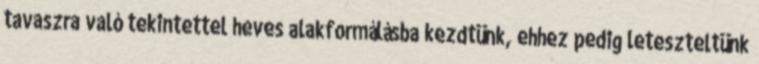
tavaszra való tekintettel heves alakformálásba kezdtünk, ehhez pedig leteszteltünk